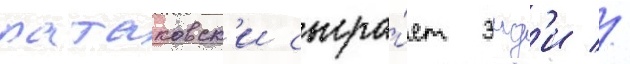
ратаковск'и сыгра́ет энд'и //